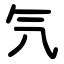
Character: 氕